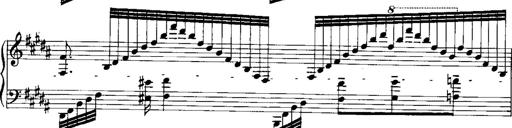
Title: RÃ©miniscences de Norma de Bellini
Composer: Franz Liszt